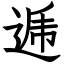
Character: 逓